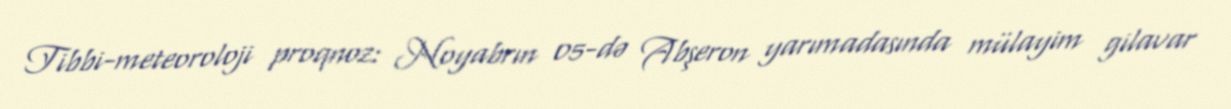
Tibbi-meteoroloji proqnoz: Noyabrın 05-də Abşeron yarımadasında mülayim gilavar